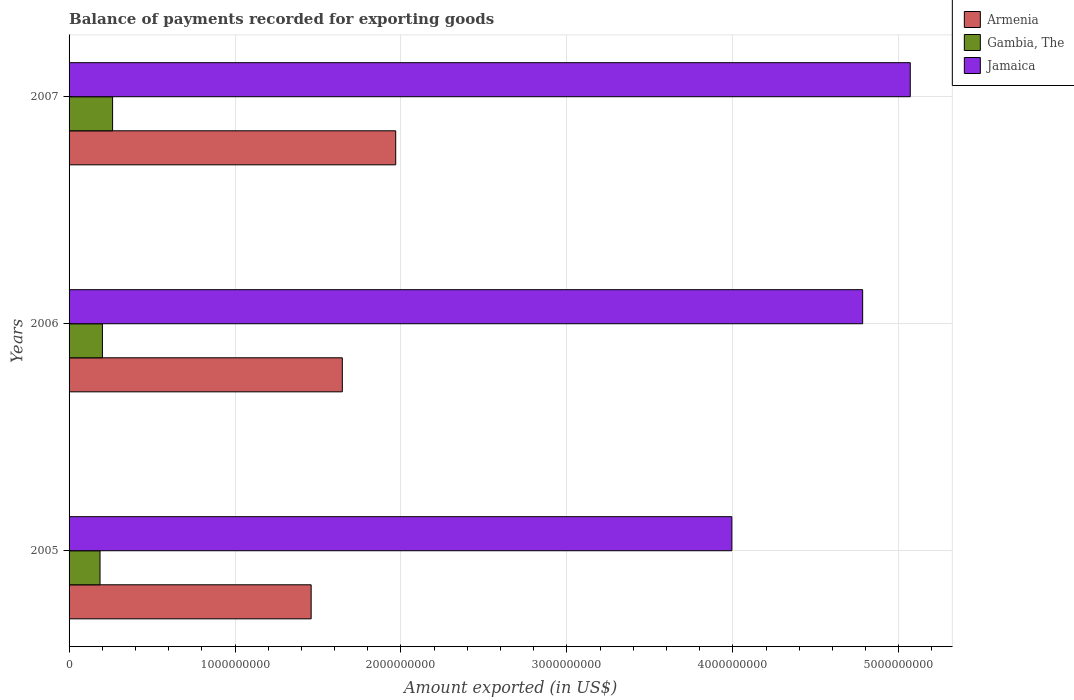
| Years | Armenia | Gambia, The | Jamaica |
 | --- | --- | --- | --- |
 | 2005 | 1.46e+09 | 1.87e+08 | 3.99e+09 |
 | 2006 | 1.65e+09 | 2.01e+08 | 4.78e+09 |
 | 2007 | 1.97e+09 | 2.62e+08 | 5.07e+09 |